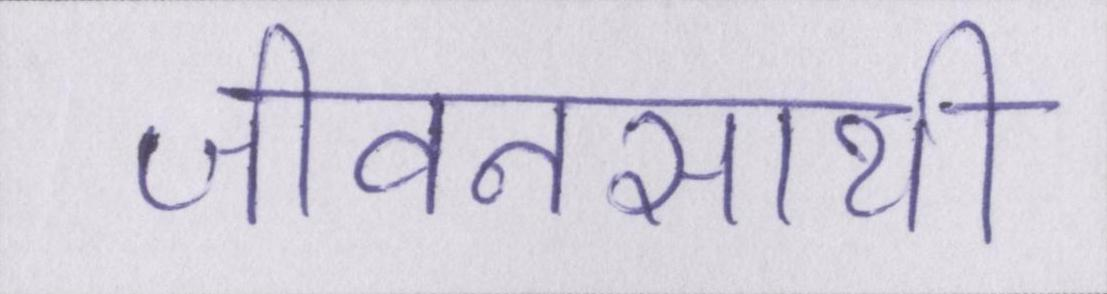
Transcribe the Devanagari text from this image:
जीवनसाथी